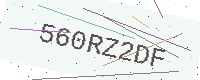
Text: 560RZ2DF